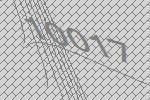
10017